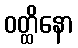
ဝတ္ထိနော